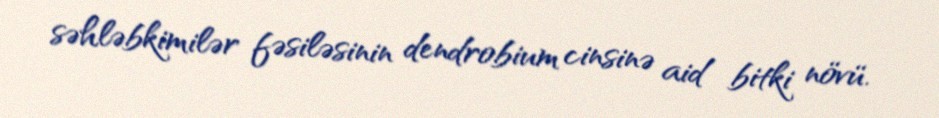
səhləbkimilər fəsiləsinin dendrobium cinsinə aid bitki növü.